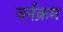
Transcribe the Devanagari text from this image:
वर्नक्रम